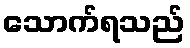
သောက်ရသည်